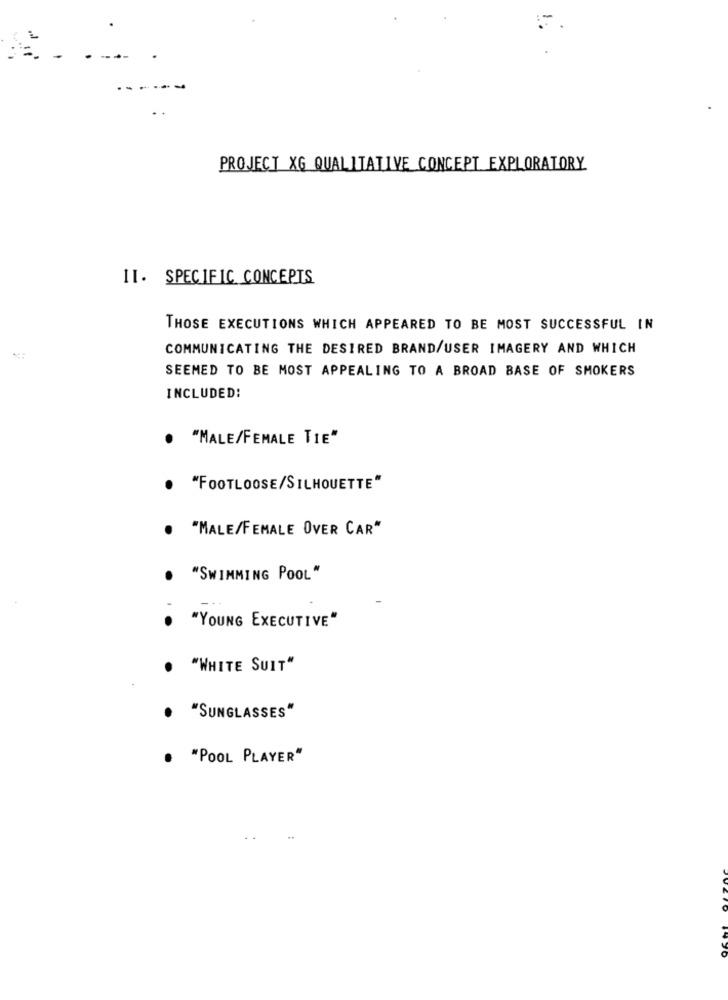
PROJECT XG QUALITATIVE CONCEPT EXPLORATORY
II. SPECIFIC CONCEPTS
THOSE EXECUTIONS WHICH APPEARED TO BE MOST SUCCESSFUL IN
COMMUNICATING THE DESIRED BRAND/USER IMAGERY AND WHICH
SEEMED TO BE MOST APPEALING TO A BROAD BASE OF SMOKERS
INCLUDED:
"MALE/FEMALE TIE"
"FOOTLOOSE/SILHOUETTE"
· "MALE/FEMALE OVER CAR"
"SWIMMING POOL"
. "YOUNG EXECUTIVE"
"WHITE SUIT"
"SUNGLASSES"
"POOL PLAYER"